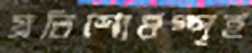
প্রতিশোধস্পৃহ